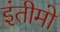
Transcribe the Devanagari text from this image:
इंतीमो